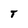
Character: T